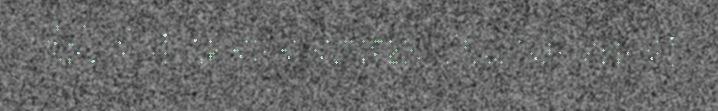
32. Vai Jesus sanek ållasuvvusi,